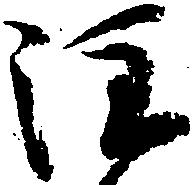
注